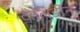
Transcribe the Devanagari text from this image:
टोलिडीन